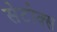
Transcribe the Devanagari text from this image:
सेटोक्स